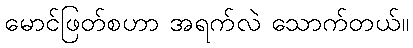
မောင်ဖြတ်စဟာ အရက်လဲ သောက်တယ်။